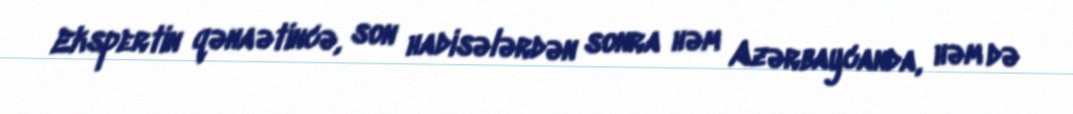
Ekspertin qənaətincə, son hadisələrdən sonra həm Azərbaycanda, həm də